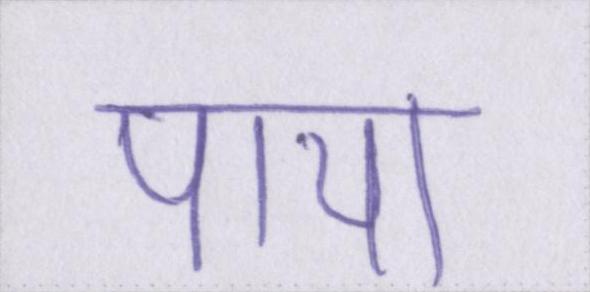
पाया